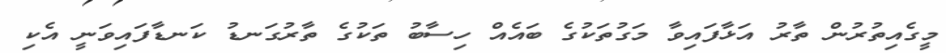
މީގެއިތުރުން ތާރު އަޅާފައިވާ މަގުތަކުގެ ބައެއް ހިސާބު ތަކުގެ ތާރުގަނޑު ކަނޑާފައިވަނީ އެކި